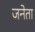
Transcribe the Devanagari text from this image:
जनेता